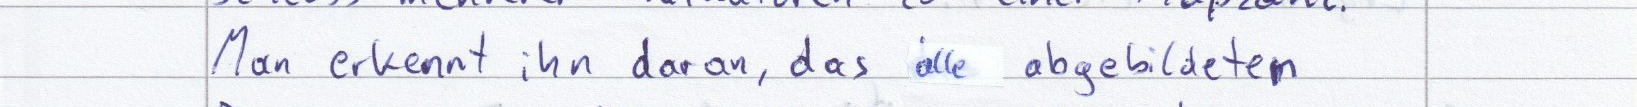
Man erkennt ihn daran, das alle abgebildeten